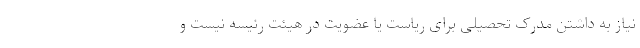
نیاز به داشتن مدرک تحصیلی برای ریاست یا عضویت در هیئت رئیسه نیست و